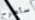
سأطرح